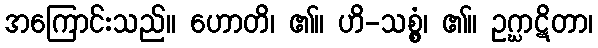
အကြောင်းသည်။ ဟောတိ၊ ၏။ ဟိ-သစ္စွံ၊ ၏။ ဥဂ္ဃာဋိတာ၊